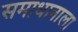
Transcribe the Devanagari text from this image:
समाधानाला